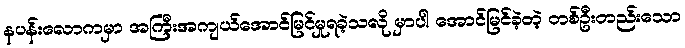
နပန်းလောကမှာ အကြီးအကျယ်အောင်မြင်မှုရခဲ့သလို မှာပါ အောင်မြင်ခဲ့တဲ့ တစ်ဦးတည်းသော